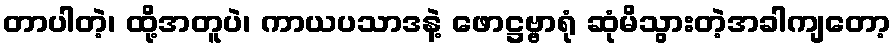
တာပါတဲ့၊ ထို့အတူပဲ၊ ကာယပသာဒနဲ့ ဖောဋ္ဌဗ္ဗာရုံ ဆုံမိသွားတဲ့အခါကျတော့